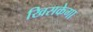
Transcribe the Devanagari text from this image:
खिसकेगा